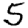
Digit: 5